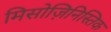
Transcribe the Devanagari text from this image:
मिसोज़िनिस्तिक